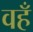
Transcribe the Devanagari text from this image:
वहँ